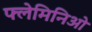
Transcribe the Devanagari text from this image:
फ्लेमिनिओ